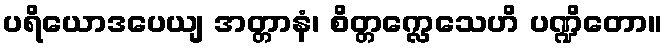
ပရိယောဒပေယျ အတ္တာနံ၊ စိတ္တက္လေသေဟိ ပဏ္ဍိတော။